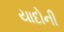
યાદોની